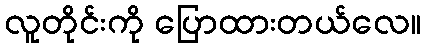
လူတိုင်းကို ပြောထားတယ်လေ။